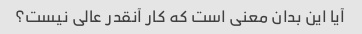
آیا این بدان معنی است که کار آنقدر عالی نیست؟